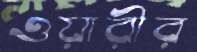
ওয়ারীর